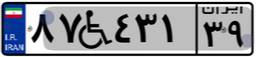
۹۲W۸۳۷۷۵